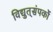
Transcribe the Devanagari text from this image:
विद्युत्‌संपर्को